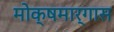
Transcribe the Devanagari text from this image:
मोक्षमार्गास